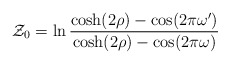
\begin{align*}{\cal Z}_0=\ln\frac{\cosh(2 \rho)-\cos(2\pi\omega')}{\cosh(2 \rho)-\cos(2\pi\omega)}\end{align*}